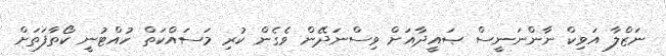
ނަޒްލާ އަވިކް ނާންނަނީސް ޞައީދާއަށް ވިސްނަދޭން ވެގެން ކުރި މަސައްކަތް ހުއްޓުނީ ކޯތާފަތަށް